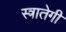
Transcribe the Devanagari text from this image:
स्त्रातेगी